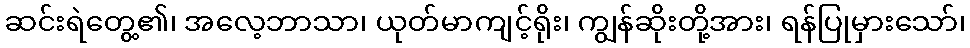
ဆင်းရဲတွေ့၏၊ အလေ့ဘာသာ၊ ယုတ်မာကျင့်ရိုး၊ ကျွန်ဆိုးတို့အား၊ ရန်ပြုမှားသော်၊